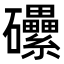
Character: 𥗼